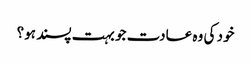
خود کی وہ عادت جو بہت پسند ہو؟